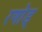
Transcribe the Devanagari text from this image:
रणोड्